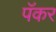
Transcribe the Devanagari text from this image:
पॅकर